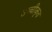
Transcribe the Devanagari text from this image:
उच्‍चीकृत